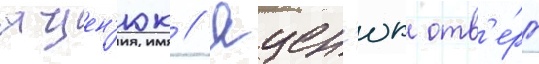
яцен'юк // Яцен'юк отв'е́рг